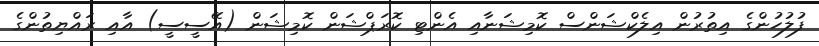
ފުލުހުންގެ އިތުރުން އިލެކްޝަންސް ކޮމިޝަނާއި އެންޓި ކޮރަޕްޝަން ކޮމިޝަން (އޭސީސީ) އާއި ރައްޔިތުންގެ